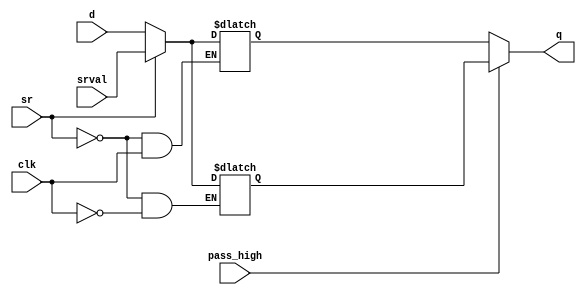
module ConfigurableEdgeLatch(
	d, clk, sr, srval, q, pass_high
	);
	input wire	d;
	input wire	clk;
	output wire q;
	input wire	sr;
	input wire	srval;
	input wire	pass_high;
	reg			pass_when_high;
	always @(*) begin
		if(clk)
			pass_when_high				<= d;
		if(sr)
			pass_when_high				<= srval;
	end
	reg			pass_when_low;
	always @(*) begin
		if(!clk)
			pass_when_low				<= d;
		if(sr)
			pass_when_low				<= srval;
	end
	assign q = pass_high ? pass_when_high : pass_when_low;
endmodule